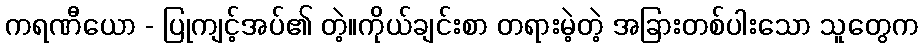
ကရဏီယော - ပြုကျင့်အပ်၏ တဲ့။ကိုယ်ချင်းစာ တရားမဲ့တဲ့ အခြားတစ်ပါးသော သူတွေက